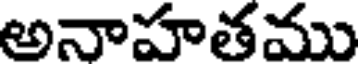
అనాహతము